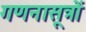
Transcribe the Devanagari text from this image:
गणनासूत्रों